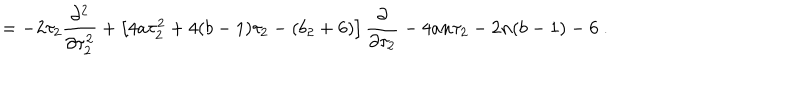
= - 2 \tau _ { 2 } \frac { \partial ^ { 2 } } { \partial \tau _ { 2 } ^ { 2 } } + \left[ 4 a \tau _ { 2 } ^ { 2 } + 4 ( b - 1 ) \tau _ { 2 } - ( b _ { 2 } + 6 ) \right] \frac { \partial } { \partial \tau _ { 2 } } - 4 a n \tau _ { 2 } - 2 n ( b - 1 ) - 6 \ .